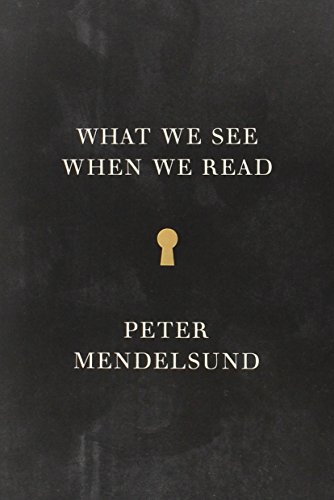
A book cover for What We See When We Read; Peter Mendelsund; Literature & Fiction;